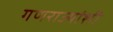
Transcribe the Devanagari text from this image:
गणराज्यांशी